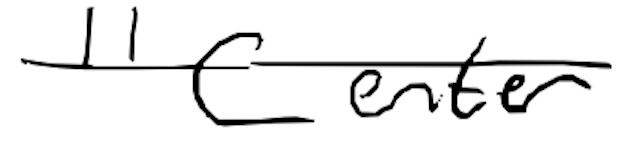
Text: "Center
Cross-out: single-line
Writing tool: digital_black